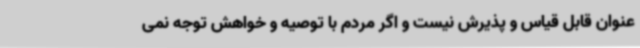
عنوان قابل قیاس و پذیرش نیست و اگر مردم با توصیه و خواهش توجه نمی